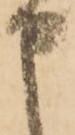
申